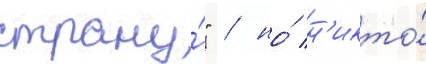
страну́" / но́ н'икто́